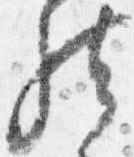
然